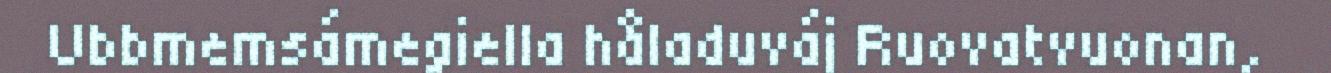
Ubbmemsámegiella håladuváj Ruovatvuonan,